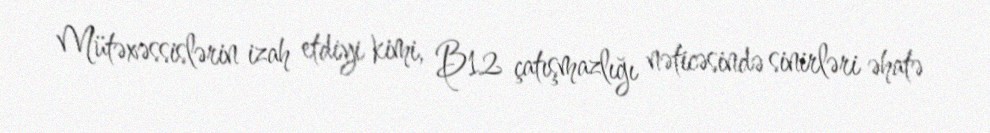
Mütəxəssislərin izah etdiyi kimi, B12 çatışmazlığı nəticəsində sinirləri əhatə